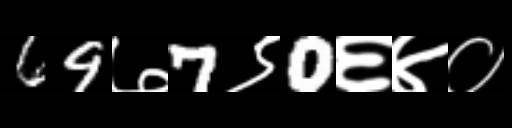
Text: 69७7९0६४०